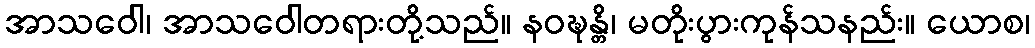
အာသဝေါ၊ အာသဝေါတရားတို့သည်။ နဝဍ္ဎန္တိ၊ မတိုးပွားကုန်သနည်း။ ယောစ၊